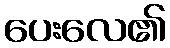
ပေးလေ၏